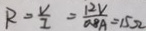
R = \frac { V } { I } = \frac { 1 2 V } { 0 . 8 A } = 1 5 \Omega